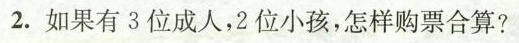
2.如果有3位成人，2位小孩，怎样购票合算？